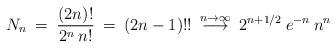
LaTeX: \begin{align*}N_n \> = \> { (2 n)! \over 2^n \> n!} \> = \> (2 n - 1)!! \> \stackrel{n \to \infty}{\longrightarrow} \>2^{n+1/2}\> e^{-n} \> n^n\end{align*}